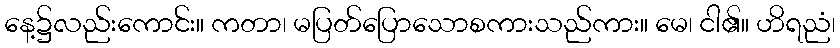
နေ့၌လည်းကောင်း။ ကတာ၊ မပြတ်ပြောသောစကားသည်ကား။ မေ၊ ငါ၏။ ဟိရညံ၊